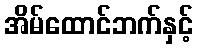
အိမ်ထောင်ဘက်နှင့်